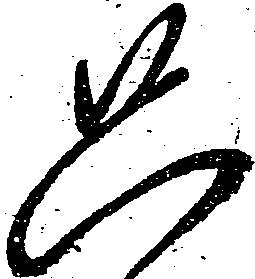
只